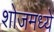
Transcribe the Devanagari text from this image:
शोजमध्ये